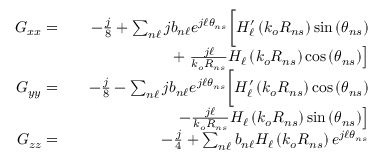
\begin{array} { r l r } { G _ { x x } = } & { } & { - \frac { j } { 8 } + \sum _ { n \ell } j b _ { n \ell } e ^ { j \ell \theta _ { n s } } \bigg [ H _ { \ell } ^ { \prime } \left( k _ { o } R _ { n s } \right) \sin \left( \theta _ { n s } \right) } \\ & { } & { + \left. \frac { j \ell } { k _ { o } R _ { n s } } H _ { \ell } \left( k _ { o } R _ { n s } \right) \cos \left( \theta _ { n s } \right) \right] } \\ { G _ { y y } = } & { } & { - \frac { j } { 8 } - \sum _ { n \ell } j b _ { n \ell } e ^ { j \ell \theta _ { n s } } \bigg [ H _ { \ell } ^ { \prime } \left( k _ { o } R _ { n s } \right) \cos \left( \theta _ { n s } \right) } \\ & { } & { \left. - \frac { j \ell } { k _ { o } R _ { n s } } H _ { \ell } \left( k _ { o } R _ { n s } \right) \sin \left( \theta _ { n s } \right) \right] } \\ { G _ { z z } = } & { } & { - \frac { j } { 4 } + \sum _ { n \ell } b _ { n \ell } H _ { \ell } \left( k _ { o } R _ { n s } \right) e ^ { j \ell \theta _ { n s } } } \end{array}